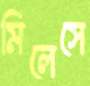
মিলেসে